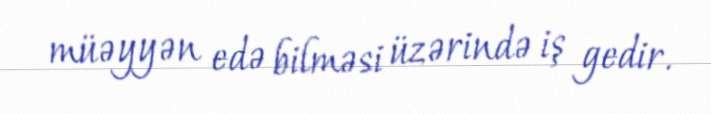
müəyyən edə bilməsi üzərində iş gedir.